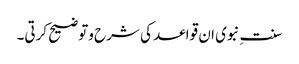
سنت ِنبوی ان قواعد کی شرح وتوضیح کرتی۔